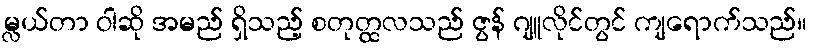
မ္လယ်တာ ဝါဆို အမည် ရှိသည့် စတုတ္ထလသည် ဇွန် ဂျူလိုင်တွင် ကျရောက်သည်။